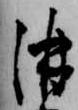
酒